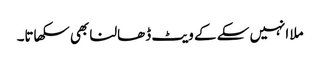
ملا انہیں سکے کے ویٹ ڈھالنا بھی سکھاتا۔